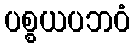
ပစ္စယပဘဝံ